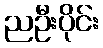
ညဦးပိုင်း